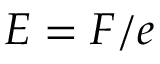
E = F / e